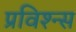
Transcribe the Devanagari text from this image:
प्रविश्न्स